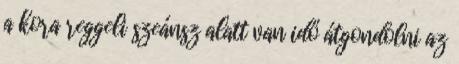
a kora reggeli szeánsz alatt van idő átgondolni az